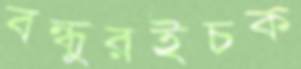
বন্ধুরইচক